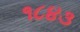
૧૮૪૩